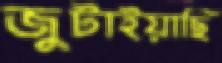
জুটাইয়াছি